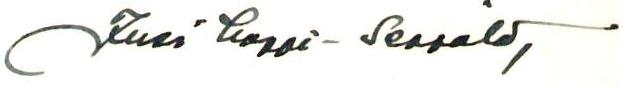
Juri Lappi-Seppälä,